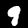
Label: 9